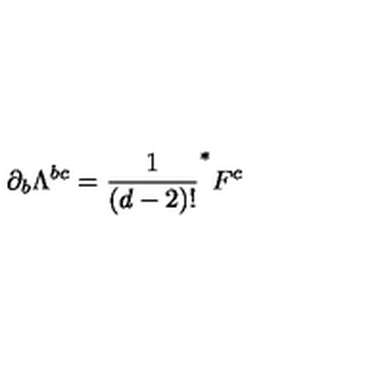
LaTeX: \partial _ { b } \Lambda ^ { b c } = \frac { 1 } { ( d - 2 ) ! } ^ { * } F ^ { c }